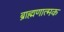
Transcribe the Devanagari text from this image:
ब्राह्मणात्मक